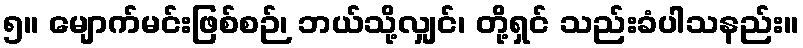
၅။ မျောက်မင်းဖြစ်စဉ်၊ ဘယ်သို့လျှင်၊ တို့ရှင် သည်းခံပါသနည်း။